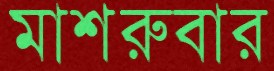
মাশরুবার